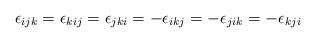
LaTeX: \begin{align*}\epsilon_{ijk}=\epsilon_{kij}=\epsilon_{jki}=-\epsilon_{ikj}=-\epsilon_{jik}=-\epsilon_{kji}\,\,\,\,\,\,\,\,\,\,\end{align*}